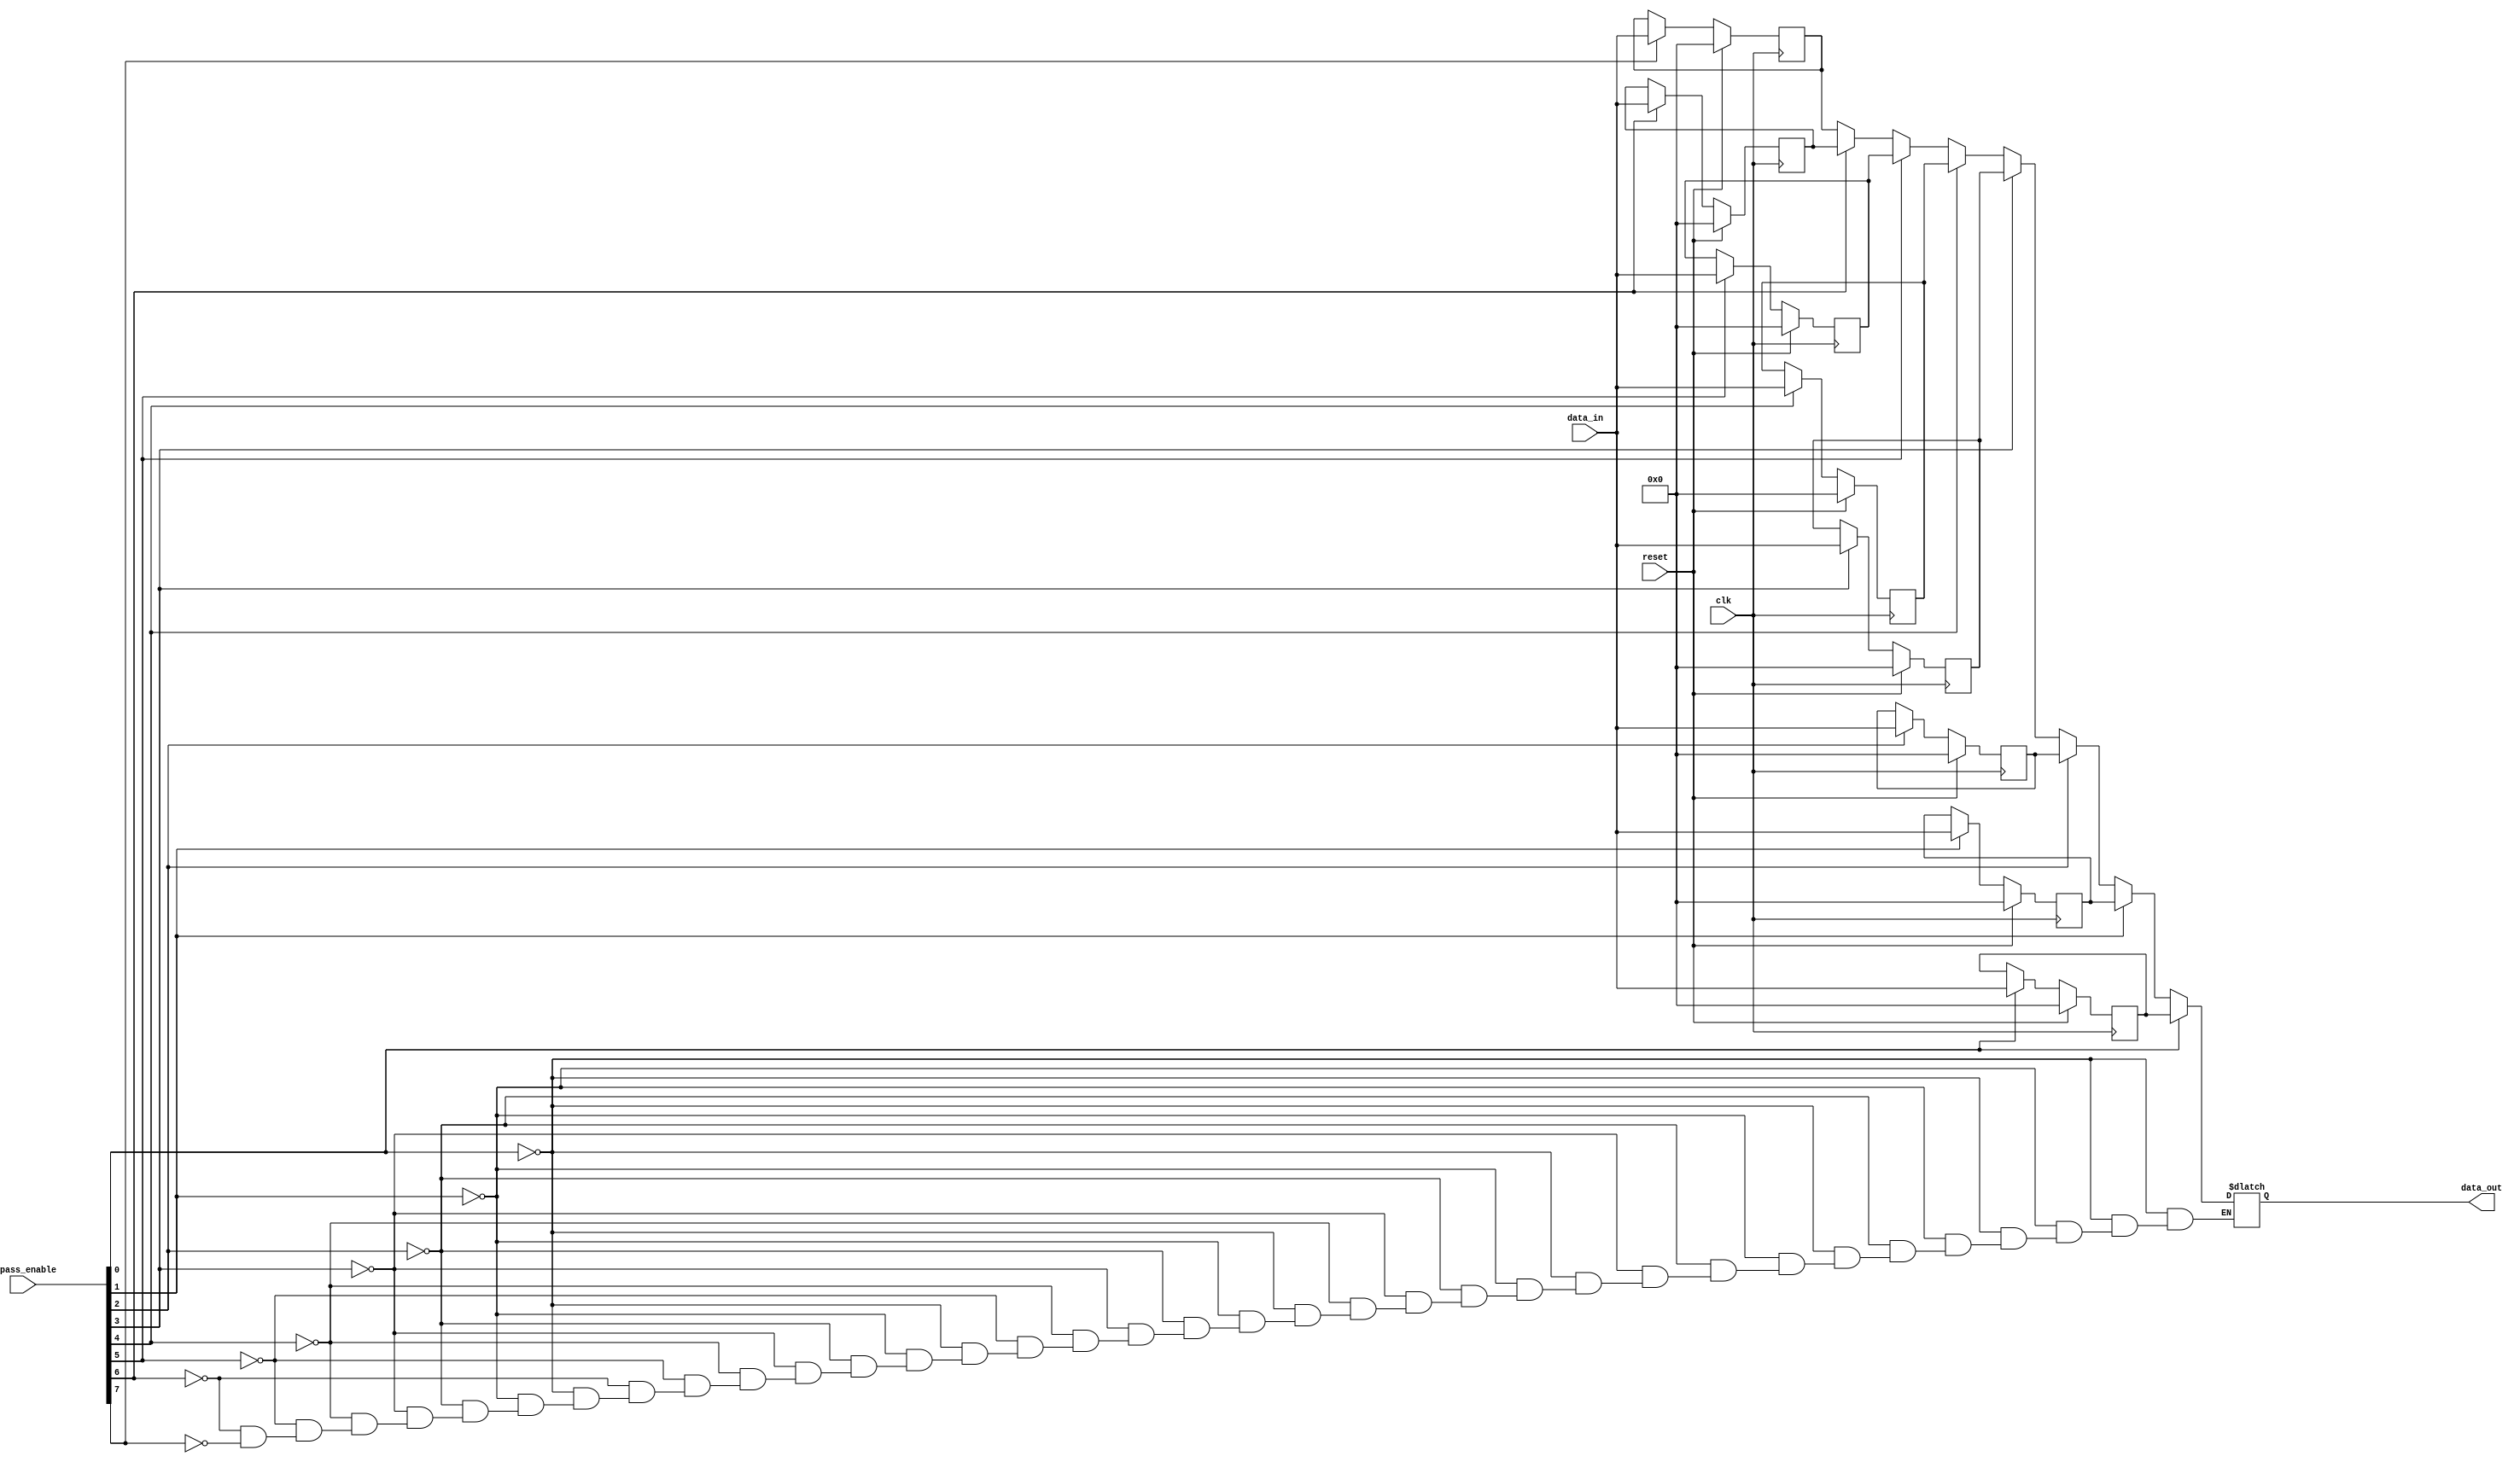
module bypass_register (
    input wire clk,
    input wire reset,
    input wire [7:0] data_in,
    input wire [7:0] bypass_enable,
    output reg [7:0] data_out
);

reg [7:0] reg_0, reg_1, reg_2, reg_3, reg_4, reg_5, reg_6, reg_7;

always @(posedge clk) begin
    if (reset) begin
        reg_0 <= 8'h00;
        reg_1 <= 8'h00;
        reg_2 <= 8'h00;
        reg_3 <= 8'h00;
        reg_4 <= 8'h00;
        reg_5 <= 8'h00;
        reg_6 <= 8'h00;
        reg_7 <= 8'h00;
    end else begin
        if (bypass_enable[0]) begin
            reg_0 <= data_in;
        end
        if (bypass_enable[1]) begin
            reg_1 <= data_in;
        end
        if (bypass_enable[2]) begin
            reg_2 <= data_in;
        end
        if (bypass_enable[3]) begin
            reg_3 <= data_in;
        end
        if (bypass_enable[4]) begin
            reg_4 <= data_in;
        end
        if (bypass_enable[5]) begin
            reg_5 <= data_in;
        end
        if (bypass_enable[6]) begin
            reg_6 <= data_in;
        end
        if (bypass_enable[7]) begin
            reg_7 <= data_in;
        end
    end
end

always @* begin
    if (bypass_enable[0]) begin
        data_out = reg_0;
    end
    else if (bypass_enable[1]) begin
        data_out = reg_1;
    end
    else if (bypass_enable[2]) begin
        data_out = reg_2;
    end
    else if (bypass_enable[3]) begin
        data_out = reg_3;
    end
    else if (bypass_enable[4]) begin
        data_out = reg_4;
    end
    else if (bypass_enable[5]) begin
        data_out = reg_5;
    end
    else if (bypass_enable[6]) begin
        data_out = reg_6;
    end
    else if (bypass_enable[7]) begin
        data_out = reg_7;
    end
end

endmodule